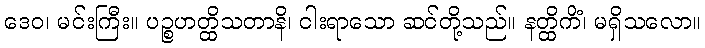
ဒေဝ၊ မင်းကြီး။ ပဉ္စဟတ္ထိသတာနိ၊ ငါးရာသော ဆင်တို့သည်။ နတ္ထိကိံ၊ မရှိသလော။